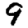
Digit: 9